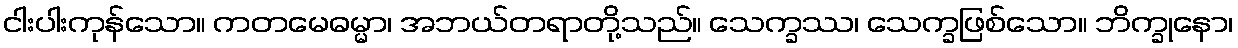
ငါးပါးကုန်သော။ ကတမေဓမ္မာ၊ အဘယ်တရာတို့သည်။ သေက္ခဿ၊ သေက္ခဖြစ်သော။ ဘိက္ခုနော၊